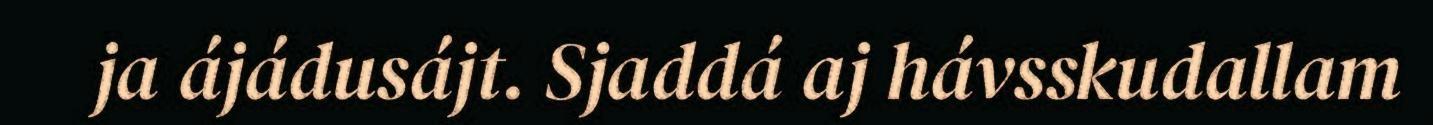
ja ájádusájt. Sjaddá aj hávsskudallam